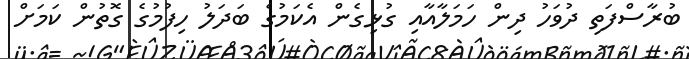
ބުރާސްފަތި ދުވަހު ދިން ހަމަލާއާއި ގުޅިގެން އެކަމުގެ ބަދަލު ހިފުމުގެ ގޮތުން ކަމަށް